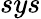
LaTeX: sys